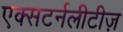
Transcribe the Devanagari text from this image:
एक्सटर्नलीटीज़